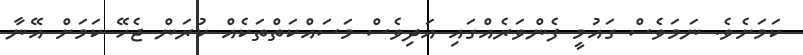
ކަމަށެވެ. ނަމަވެސް ގައުމީ ފެންވަރެއްގައި އަދިވެސް މަސައްކަތްތަކެއް ކުރަން ޖެހޭ ކަމަށް އޭނާ